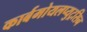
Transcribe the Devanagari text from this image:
कार्बमोयलप्युट्रसिन